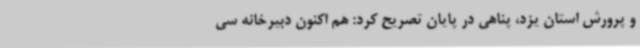
و پرورش استان یزد، پناهی در پایان تصریح کرد: هم اکنون دبیرخانه سی